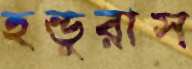
হন্ডুরাস